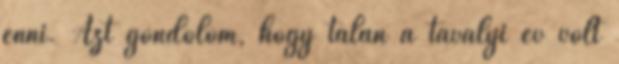
enni. Azt gondolom, hogy talán a tavalyi év volt